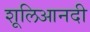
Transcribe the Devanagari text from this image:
शूलिआनदी